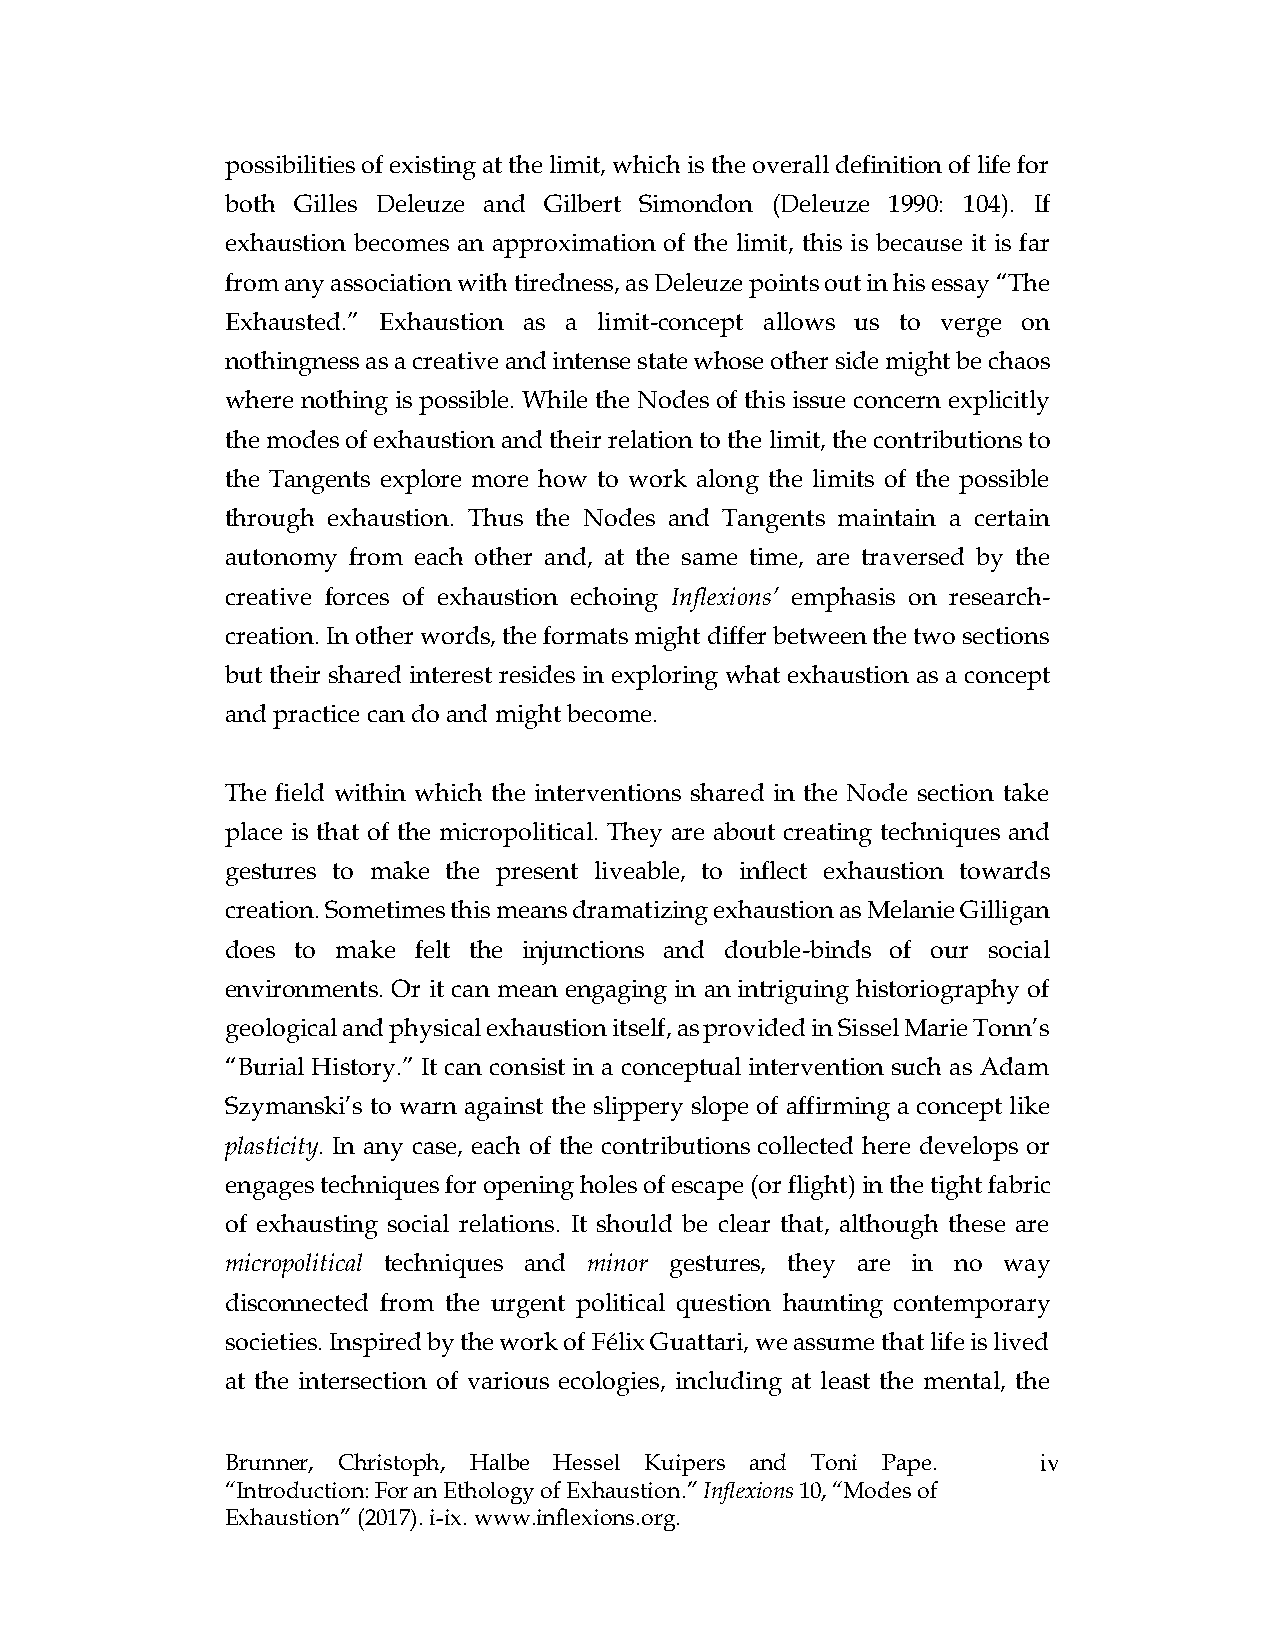
possibilities of existing at the limit, which is the overall definition of life for
 both Gilles Deleuze and Gilbert Simondon (Deleuze 1990: 104). If
 exhaustion becomes an approximation of the limit, this is because it is far
 from any association with tiredness, as Deleuze points out in his essay “The
 Exhausted.” Exhaustion as a limit-concept allows us to verge on
 nothingness as a creative and intense state whose other side might be chaos
 where nothing is possible. While the Nodes of this issue concern explicitly
 the modes of exhaustion and their relation to the limit, the contributions to
 the Tangents explore more how to work along the limits of the possible
 through exhaustion. Thus the Nodes and Tangents maintain a certain
 autonomy from each other and, at the same time, are traversed by the
 creative forces of exhaustion echoing Inflexions’ emphasis on research-
 creation. In other words, the formats might differ between the two sections
 but their shared interest resides in exploring what exhaustion as a concept
 and practice can do and might become.
 The field within which the interventions shared in the Node section take
 place is that of the micropolitical. They are about creating techniques and
 gestures to make the present liveable, to inflect exhaustion towards
 creation. Sometimes this means dramatizing exhaustion as Melanie Gilligan
 does to make felt the injunctions and double-binds of our social
 environments. Or it can mean engaging in an intriguing historiography of
 geological and physical exhaustion itself, as provided in Sissel Marie Tonn’s
 “Burial History.” It can consist in a conceptual intervention such as Adam
 Szymanski’s to warn against the slippery slope of affirming a concept like
 plasticity. In any case, each of the contributions collected here develops or
 engages techniques for opening holes of escape (or flight) in the tight fabric
 of exhausting social relations. It should be clear that, although these are
 micropolitical techniques and minor gestures, they are in no way
 disconnected from the urgent political question haunting contemporary
 societies. Inspired by the work of Félix Guattari, we assume that life is lived
 at the intersection of various ecologies, including at least the mental, the
 Brunner, Christoph, Halbe Hessel Kuipers and Toni Pape. iv
 “Introduction: For an Ethology of Exhaustion.” Inflexions 10, “Modes of
 Exhaustion” (2017). i-ix. www.inflexions.org.